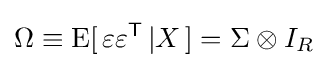
\Omega \equiv \operatorname {E} [\,\varepsilon \varepsilon ^{\mathsf {T}}\,|X\,]=\Sigma \otimes I_{R}